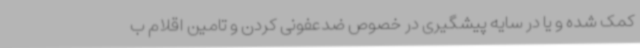
کمک شده و یا در سایه پیشگیری در خصوص ضدعفونی کردن و تامین اقلام ب